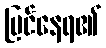
မြင်နေရ၏